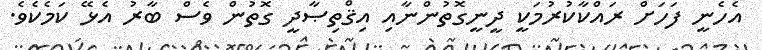
އެހެނީ ފަހަށް ރައްކާކުރުމަކީ ދީނީގޮތުންނާއި އިޤްތިޞާދީ ގޮތުން ވެސް ބާރު އެޅޭ ކަމެކެވެ.